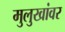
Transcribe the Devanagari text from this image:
मुलुखांवर